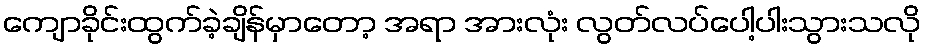
ကျောခိုင်းထွက်ခဲ့ချိန်မှာတော့ အရာ အားလုံး လွတ်လပ်ပေါ့ပါးသွားသလို